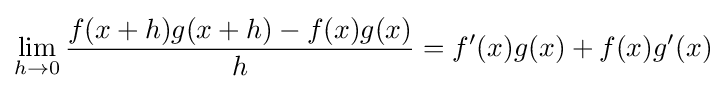
\lim _{h\to 0}{f(x+h)g(x+h)-f(x)g(x) \over h}=f'(x)g(x)+f(x)g'(x)